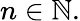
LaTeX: n\in\mathbb{N}.